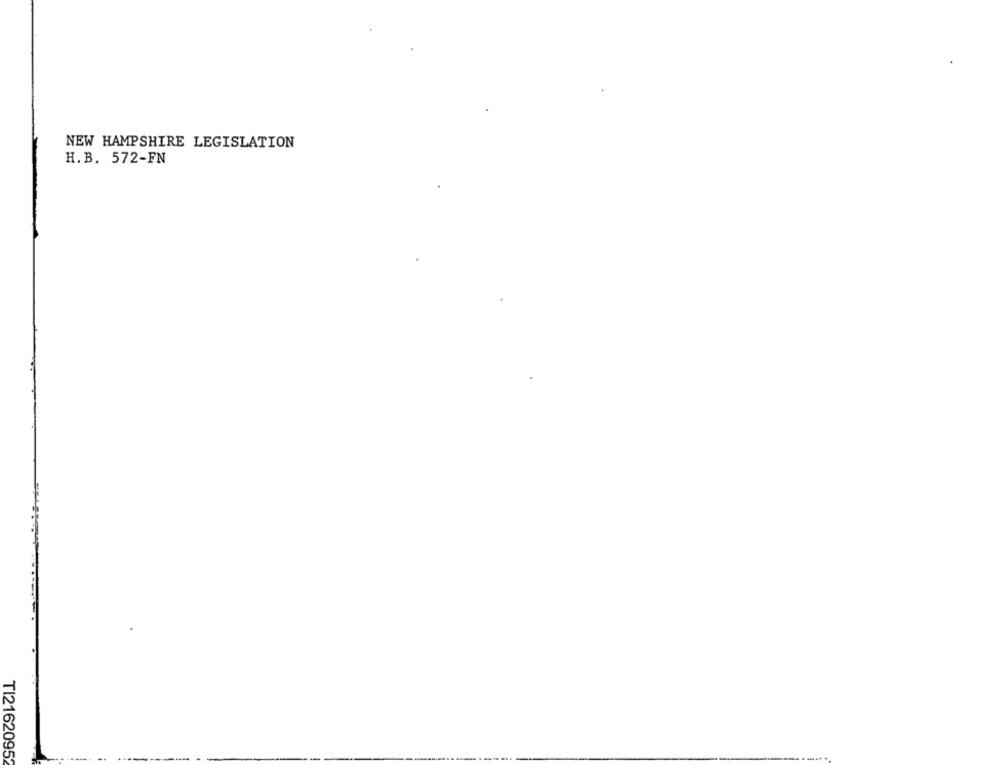
NEW HAMPSHIRE LEGISLATION
H.B. 572-FN
TI21620952